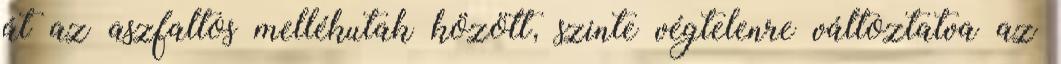
át az aszfaltos mellékutak között, szinte végtelenre változtatva az